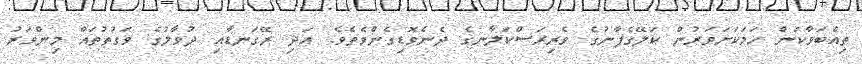
ތިއްބަވާކަން ހަމަކަށަވަރުން ކަލޭގެފާނުގެ ވެރިރަސްކަލާނގެ ދެނެވޮޑިގެންވެތެވެ. އަދި ރޭގަނޑާއި ދުވާލުގެ ވަގުތުތައް މިންވަރު